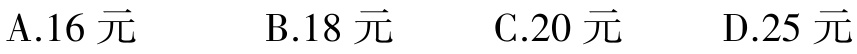
A.16 元  B.18 元  C.20 元  D.25 元